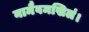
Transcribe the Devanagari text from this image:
नामैवमखिलं।